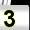
Digit: 3